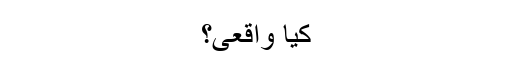
کیا واقعی؟